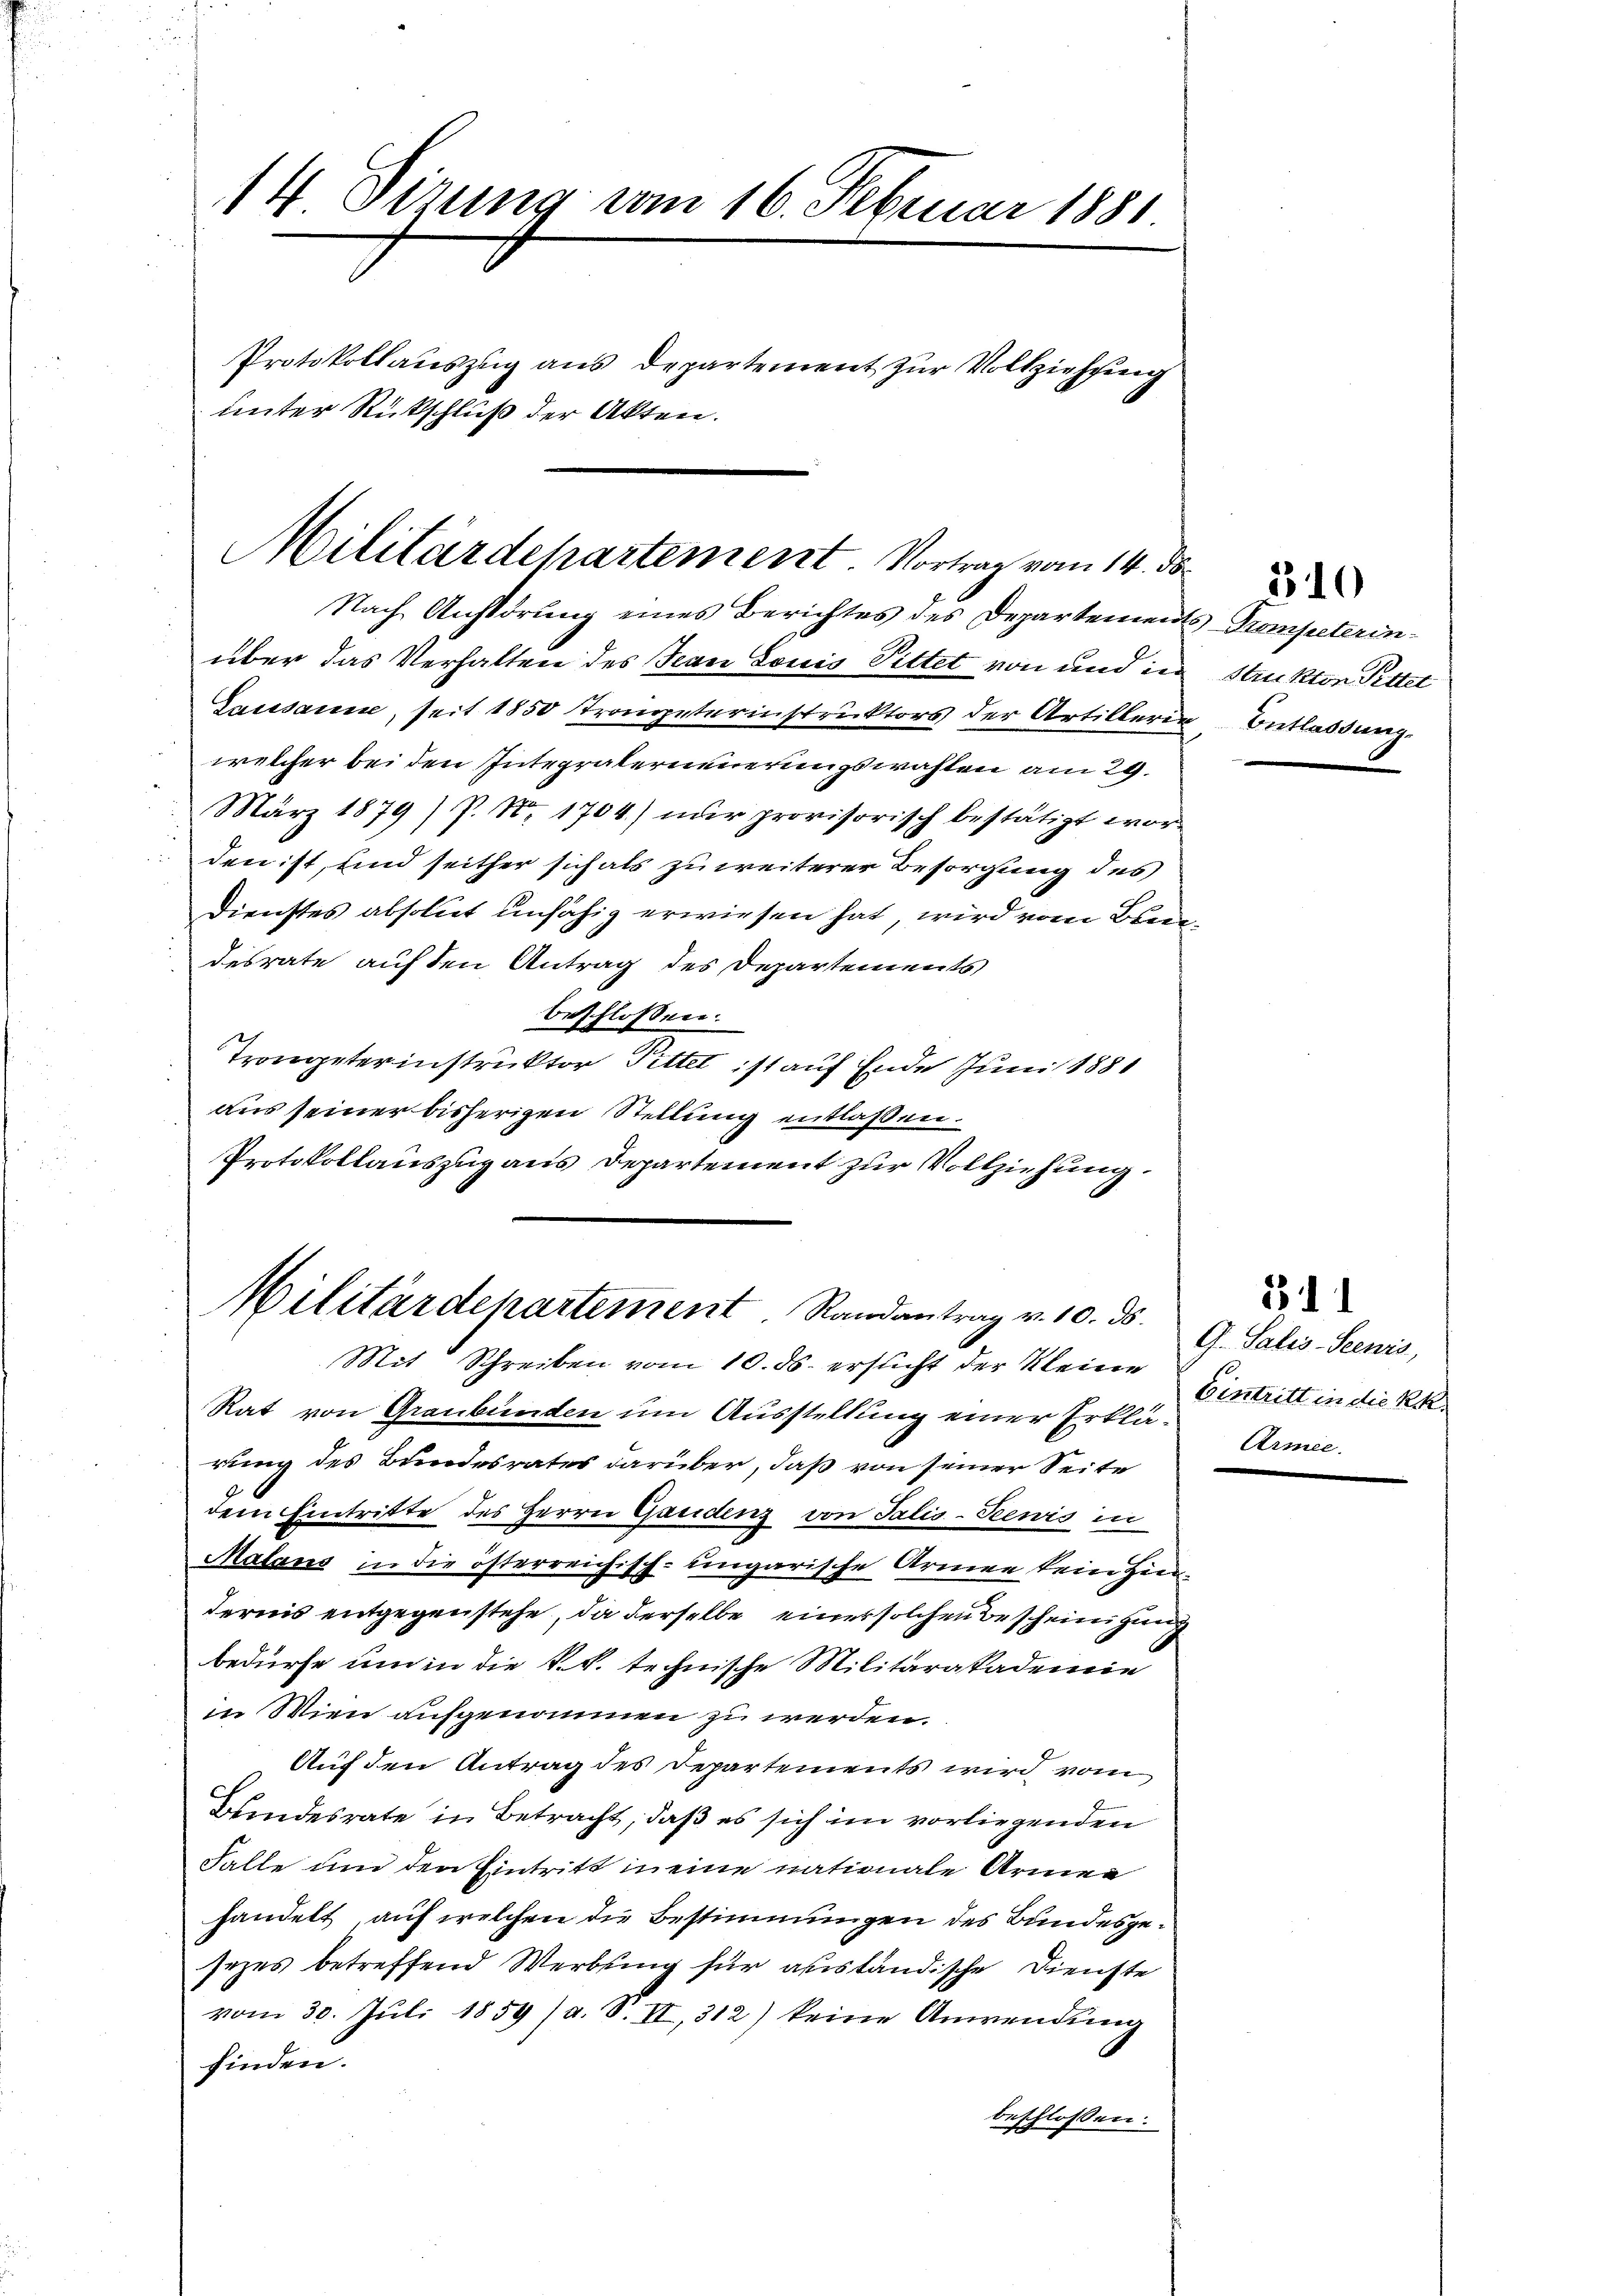
14 Sitzung vom 16. Februar 1881.
Protokollauszug aus Departement zur Vollziehung
unter Rückschluß der Akten.

Militärdepartement. Vortrag vom 14. ds.
Nach Anstörung eines Berichtes des Departements-Trompeterin¬

über das Verhalten des Jean Louis Pittet von und in
Sasssanne, seit 1850 Trompeterinstruktors der Artillerie
welcher bei den Intepräterneuerungswahlen am 29.
März 1879) P. Nr. 1704) nur provisorisch bestätigt worden ist, und seither sich als zu weiterer Besorgung des
Dienstes absolut unfähig erwiesen hat, wird vom Breidesrate auf den Antrag des Departements
beschlossen:
Trongeterinstruktor Pittet ist auf Ende Juni 1881
aus seiner bisherigen Stellung entlaßen.
Protokollauszug aus Departement zur Vollziehung.

Militärdepartement Randantrag v. 10. ds.

Mit Schreiben vom 10. ds. ersucht der Kleine Eintritt in die Re
Rat von Graubünden um Ausstellung einer Erklärung des Bundesrates darüber, daß von seiner Seite
dem Eintritte des Herrn Gandenz von Talio-Seewis in
Malans in die österreichisch-ungarische Armen kein Hindernis entgegenstehe, da derselbe einer solchen Bescheinigung
bedürfe um in die k.k. technische Militärakademie
in Wien aufgenommen zu werden.
Auf den Antrag des Departements wird vom
Bundesrate in Betracht, daß es sich im vorliegenden
Falle und den Eintritt in eine nationale Armen
handelt, auf welchen die Bestimmungen des Bundesgesezes betreffend Werbung für ausländische Dienste
vom 30. Juli 1859 (a. S. II, 312) keine Anwendung
finden.
beschlossen.

Struktor Pitter
Entlassung.

310

511

G. Salis-Seewis,
Armee.